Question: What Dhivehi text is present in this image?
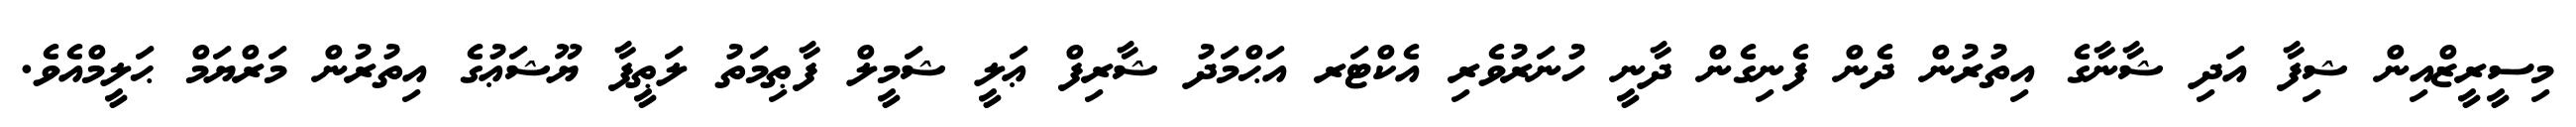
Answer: މިސީރީޒްއިން ޝިފާ އަދި ޝާނާގެ އިތުރުން ދެން ފެނިގެން ދާނީ ހުނަރުވެރި އެކްޓަރ އަޙްމަދު ޝާރިފް ޢަލީ ޝަމީލް ފާޠިމަތު ލަޠީފާ ޔޫޝަޢުގެ އިތުރުން މަރްޔަމް ޙަލީމްއެވެ.